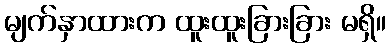
မျက်နှာထားက ထူးထူးခြားခြား မရှိ။